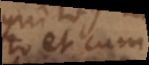
tuto et cum